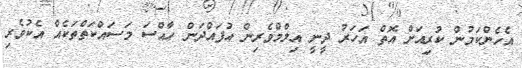
އެހެންކަމުން ކުރިއަށް އޮތް އަހަރު ދީނީ އިލްމްވެރިން އުފައްދަން ހާއްސަ މަސައްކަތްތަކެއް އެކުވެރި